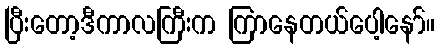
ပြီးတော့ဒီကာလကြီးက ကြာနေတယ်ပေါ့နော်။